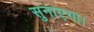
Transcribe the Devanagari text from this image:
सुनाएगा।